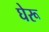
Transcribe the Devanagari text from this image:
घेरू